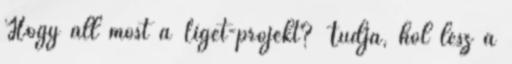
Hogy áll most a Liget-projekt? Tudja, hol lesz a